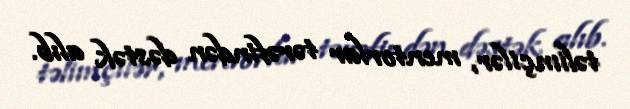
təlimçilər, mentorlar tərəfindən dəstək alıb.